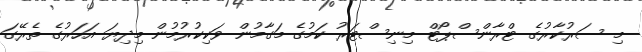
މި ސަރުކާރުގެ ޓްރާންސްޕޯޓް މިނިސްޓަރު ކަމުގެ މަގާމުން ވަކިކުރުމުން މިދިޔަ އަހަރުގެ ތެރޭގަ